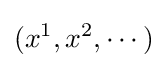
(x^{1},x^{2},\cdots )